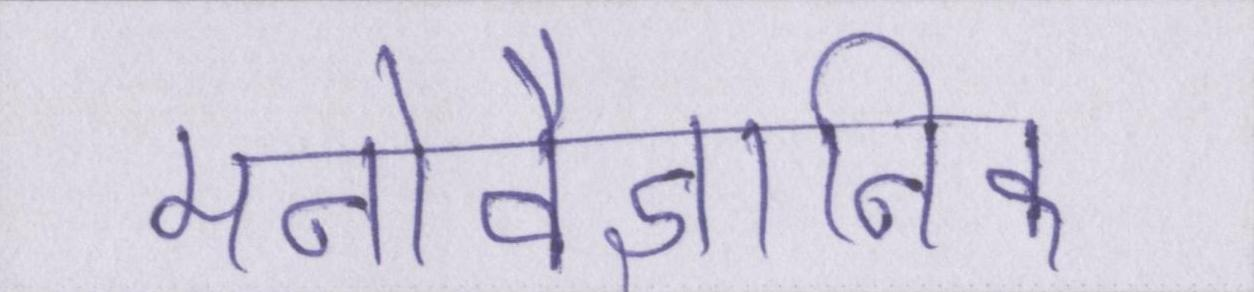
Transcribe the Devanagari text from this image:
मनोवैज्ञानिक